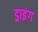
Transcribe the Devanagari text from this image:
ड्राइंंग